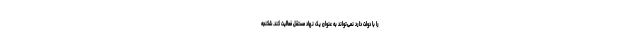
را با دولت دارد نمی‌تواند به عنوان یک نهاد مستقل فعالیت کند. شکنجه